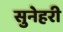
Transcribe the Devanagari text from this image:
सुनेहरी